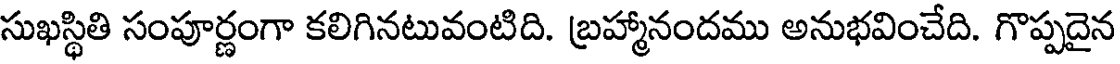
సుఖస్థితి సంపూర్ణంగా కలిగినటువంటిది. బ్రహ్మానందము అనుభవించేది. గొప్పదైన